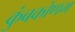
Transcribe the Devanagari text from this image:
कुंबकोणम